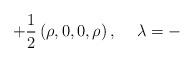
LaTeX: \begin{align*}+\frac{1}{2}\left( \rho ,0,0,\rho \right) ,\,\,\,\,\,\,\,\lambda =-\end{align*}